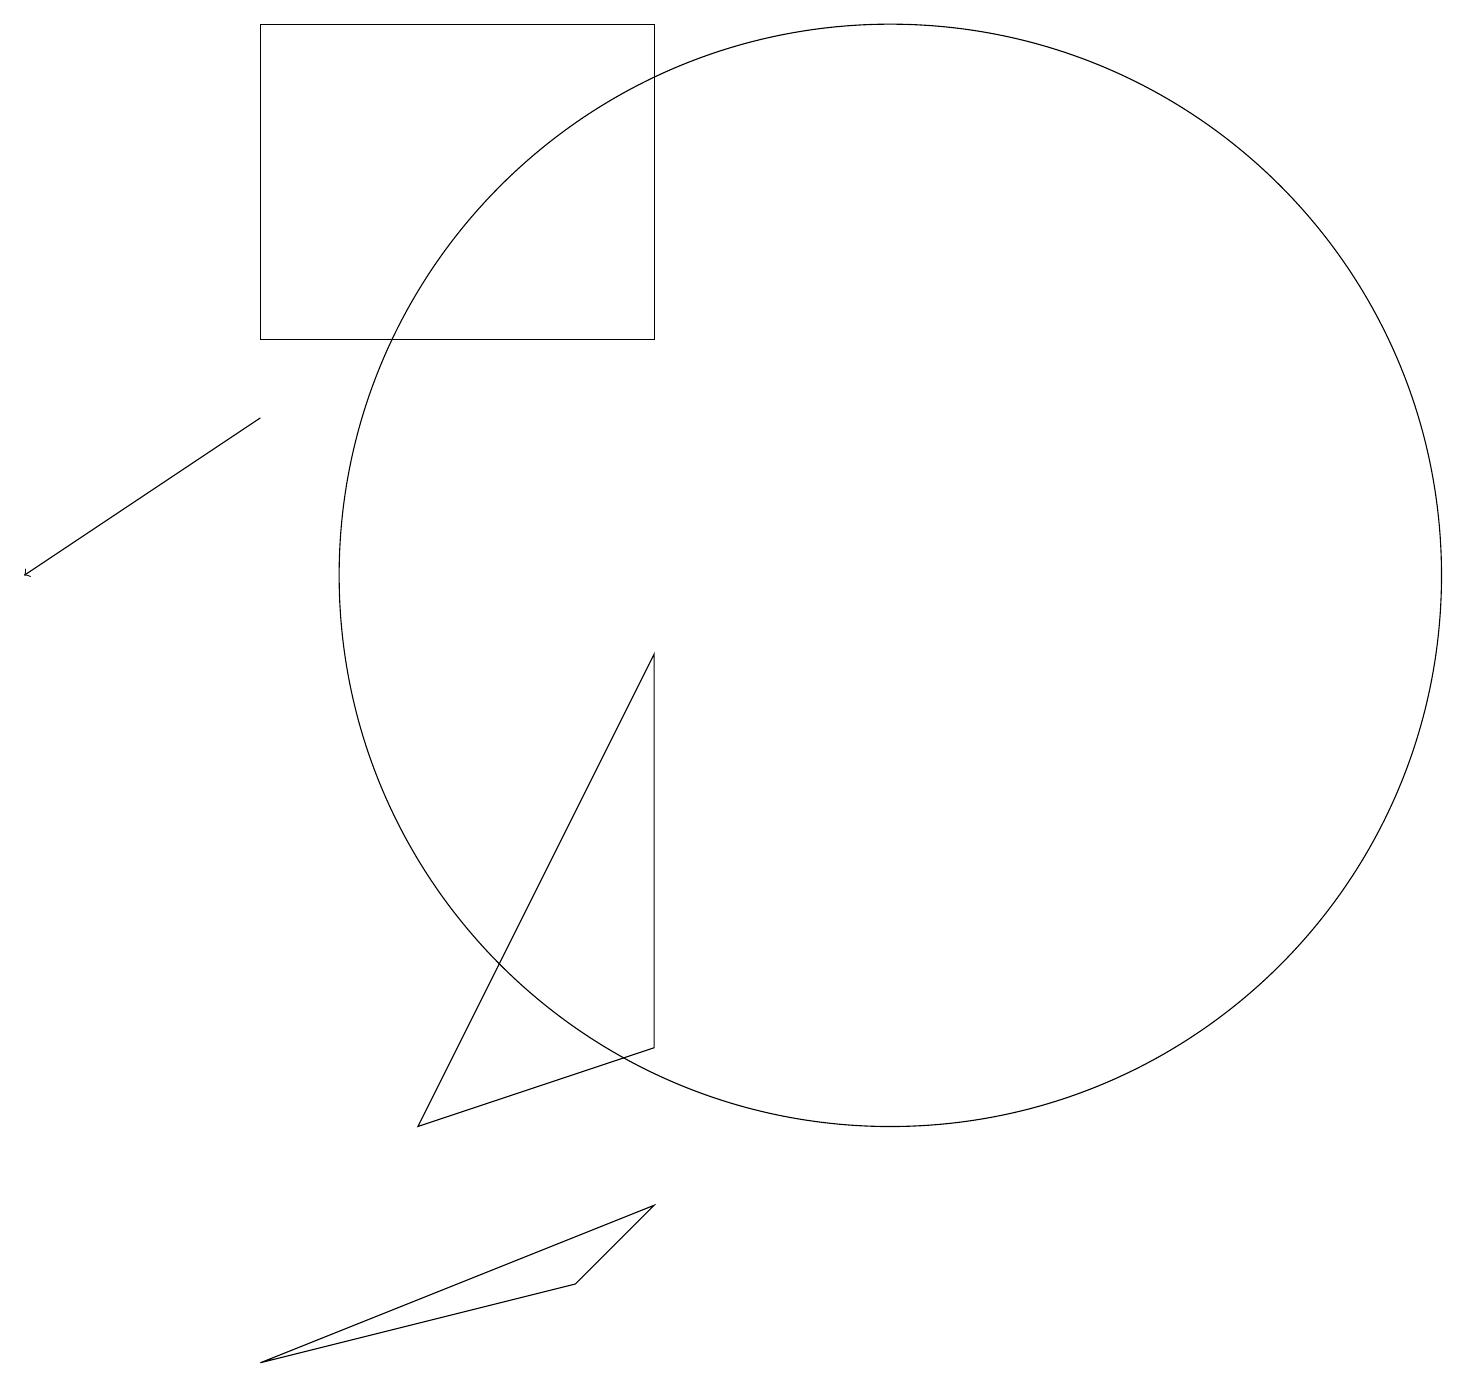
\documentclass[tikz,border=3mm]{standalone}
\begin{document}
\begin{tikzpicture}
\draw (8,13) rectangle (3,17);
\draw (7,1) -- (8,2) -- (3,0) -- cycle;
\draw (11,10) circle (7);
\draw (8,9) -- (8,4) -- (5,3) -- cycle;
\draw[->] (3,12) -- (0,10);
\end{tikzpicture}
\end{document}